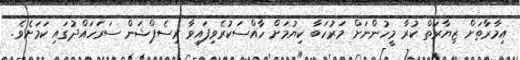
އިމާރާތަށް ޒިޔާރަތް ކުރާ މީހުންނަށް މަރުހަބާ ކިޔުމަށް ހާއްސަކުރެވިފައިވާ ރިސެޕްޝަން ސަރަހައްދުގައި ކަމަށެވެ.